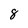
Character: 8